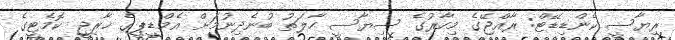
ރިޔާސީ ކެންޑިޑޭޓް: ރާއްޖޭގެ މިހާރުގެ ސިޔާސީ ހާލަތު ބުނެދިނުމަށް އެމްޑީޕީގެ ޚާރިޖީ ކޮމެޓީގެ